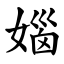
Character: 㛴